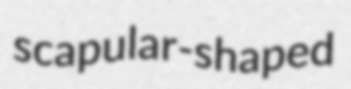
scapular-shaped